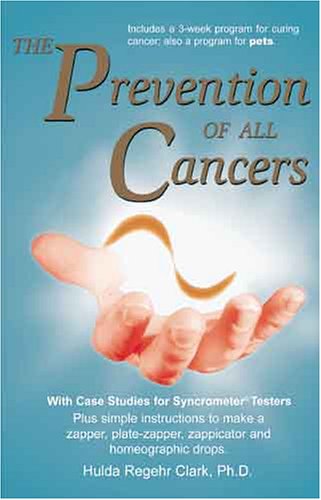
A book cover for The Prevention of all Cancers; Hulda R. Clark; Health, Fitness & Dieting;